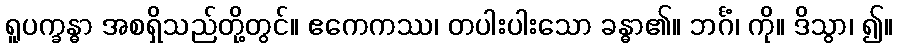
ရူပက္ခန္ဓာ အစရှိသည်တို့တွင်။ ဧကေကဿ၊ တပါးပါးသော ခန္ဓာ၏။ ဘင်္ဂံ၊ ကို။ ဒိသွာ၊ ၍။